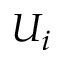
U _ { i }